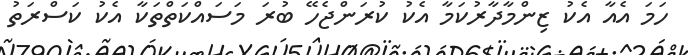
ހަމަ އެއާ އެކު ޒިންމާދާރުކަމާ އެކު ކުރަންޖެހޭ ބުރަ މަސައްކަތްތަކާ އެކު ކަސްރަތު